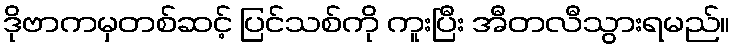
ဒိုဗာကမှတစ်ဆင့် ပြင်သစ်ကို ကူးပြီး အီတလီသွားရမည်။